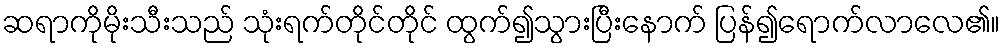
ဆရာကိုမိုးသီးသည် သုံးရက်တိုင်တိုင် ထွက်၍သွားပြီးနောက် ပြန်၍ရောက်လာလေ၏။